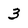
Character: 3